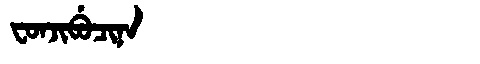
Manchu: ᠸᠣᠨᠵᡳᠪᡠᠴᡳᠨᠠ
Romanization: FONJIBUCINA